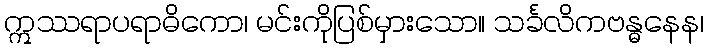
ဣဿရာပရာဓိကော၊ မင်းကိုပြစ်မှားသော။ သင်္ခလိကဗန္ဓနေန၊